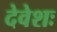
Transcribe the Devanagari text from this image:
देवेशः